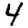
Digit: 4